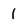
Character: 1